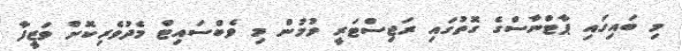
މި ބައިގައި ޕާޓްނާސްގެ ގޮތުގައި ރަޖިސްޓަރީ ވުމުން މި ވެބްސައިޓް މެދުވެރިކޮށް ވަޒީފާ